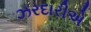
ઝરદારીએ